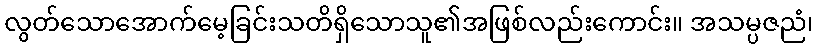
လွတ်သောအောက်မေ့ခြင်းသတိရှိသောသူ၏အဖြစ်လည်းကောင်း။ အသမ္ပဇညံ၊